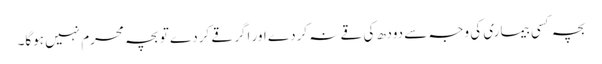
بچہ کسی بیماری کی وجہ سے دودھ کی قے نہ کردے اور اگر قے کردے تو بچہ محرم نہیں ہوگا۔